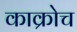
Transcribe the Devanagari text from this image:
काक्रोच